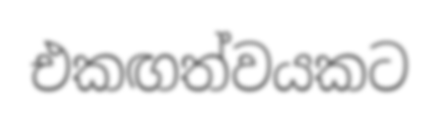
එකඟත්වයකට